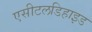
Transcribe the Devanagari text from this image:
एसीटलडिहाइड